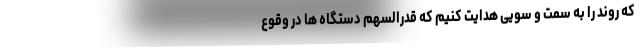
که روند را به سمت و سویی هدایت کنیم که قدرالسهم دستگاه ها در وقوع